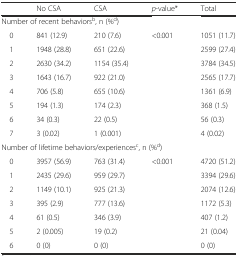
<table><thead><tr><td></td><td><b>No CSA</b></td><td><b>CSA</b></td><td><b><i>p</i>-value*</b></td><td><b>Total</b></td></tr></thead><tbody><tr><td colspan="5">Number of recent behaviors<sup>b</sup>, n (%<sup>d</sup>)</td></tr><tr><td> 0</td><td>841 (12.9)</td><td>210 (7.6)</td><td rowspan="8">&lt;0.001</td><td>1051 (11.7)</td></tr><tr><td> 1</td><td>1948 (28.8)</td><td>651 (22.6)</td><td>2599 (27.4)</td></tr><tr><td> 2</td><td>2630 (34.2)</td><td>1154 (35.4)</td><td>3784 (34.5)</td></tr><tr><td> 3</td><td>1643 (16.7)</td><td>922 (21.0)</td><td>2565 (17.7)</td></tr><tr><td> 4</td><td>706 (5.8)</td><td>655 (10.6)</td><td>1361 (6.9)</td></tr><tr><td> 5</td><td>194 (1.3)</td><td>174 (2.3)</td><td>368 (1.5)</td></tr><tr><td> 6</td><td>34 (0.3)</td><td>22 (0.5)</td><td>56 (0.3)</td></tr><tr><td> 7</td><td>3 (0.02)</td><td>1 (0.001)</td><td>4 (0.02)</td></tr><tr><td colspan="5">Number of lifetime behaviors/experiences<sup>c</sup>, n (%<sup>d</sup>)</td></tr><tr><td> 0</td><td>3957 (56.9)</td><td>763 (31.4)</td><td rowspan="7">&lt;0.001</td><td>4720 (51.2)</td></tr><tr><td> 1</td><td>2435 (29.6)</td><td>959 (29.7)</td><td>3394 (29.6)</td></tr><tr><td> 2</td><td>1149 (10.1)</td><td>925 (21.3)</td><td>2074 (12.6)</td></tr><tr><td> 3</td><td>395 (2.9)</td><td>777 (13.6)</td><td>1172 (5.3)</td></tr><tr><td> 4</td><td>61 (0.5)</td><td>346 (3.9)</td><td>407 (1.2)</td></tr><tr><td> 5</td><td>2 (0.005)</td><td>19 (0.2)</td><td>21 (0.04)</td></tr><tr><td> 6</td><td>0 (0)</td><td>0 (0)</td><td>0 (0)</td></tr></tbody></table>